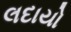
લદાયો